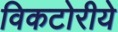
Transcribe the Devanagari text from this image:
विकटोरीये